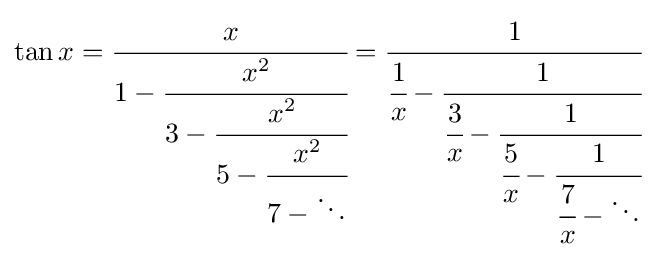
\tan x={\cfrac {x}{1-{\cfrac {x^{2}}{3-{\cfrac {x^{2}}{5-{\cfrac {x^{2}}{7-\ddots }}}}}}}}={\cfrac {1}{{\cfrac {1}{x}}-{\cfrac {1}{{\cfrac {3}{x}}-{\cfrac {1}{{\cfrac {5}{x}}-{\cfrac {1}{{\cfrac {7}{x}}-\ddots }}}}}}}}